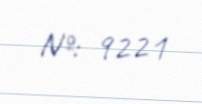
№: 9221